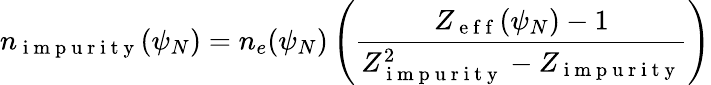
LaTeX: n_{\mathrm{~i~m~p~u~r~i~t~y~}}(\psi_{N})=n_{e}(\psi_{N})\left(\frac{Z_{\mathrm{~e~f~f~}}(\psi_{N})-1}{Z_{\mathrm{~i~m~p~u~r~i~t~y~}}^{2}-Z_{\mathrm{~i~m~p~u~r~i~t~y~}}}\right)